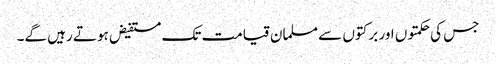
جس کی حکمتوں اور برکتوں سے مسلمان قیامت تک مستفیض ہوتے رہیں گے۔